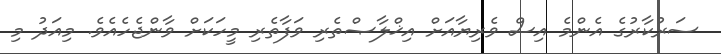
ސަރުކާރުގެ އެންމެ އިސް ވެރިޔާއަށް އިޚްލާޞްތެރި ވަފާތެރި މީހަކަށް ވާންޖެހެއެވެ. މިއަދު މި